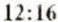
12:16